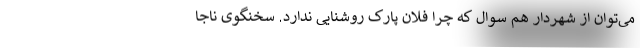
می‌توان از شهردار هم سوال که چرا فلان پارک روشنایی ندارد. سخنگوی ناجا